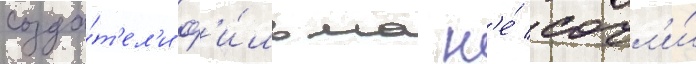
созда́т'ел'и ф'и́льма н'е́ сочл'и́